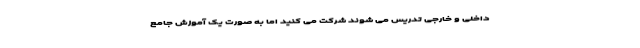
داخلی و خارجی تدریس می شوند شرکت می کنید اما به صورت یک آموزش جامع